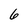
Character: 6